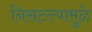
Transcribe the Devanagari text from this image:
निसटल्यामुळे